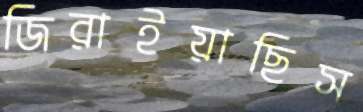
জিরাইয়াছিস